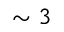
\sim 3